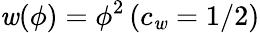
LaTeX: \mathit{w}(\phi)=\phi^{2}\, (c_{\mathit{w}}=1/2)